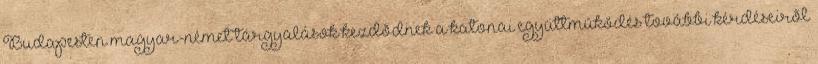
Budapesten magyar-német tárgyalások kezdõdnek a katonai együttmûködés további kérdéseirõl